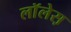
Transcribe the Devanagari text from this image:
लाॅलेस़